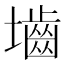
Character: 𪤭